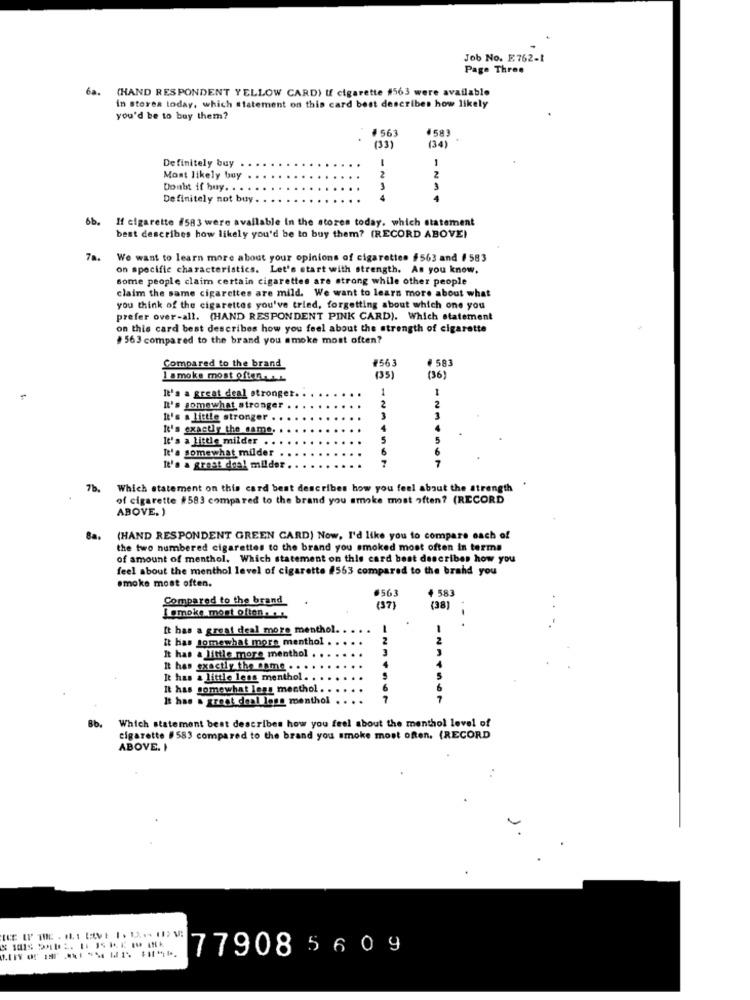
Job No. E762-1
Page Three
6a.
(HAND RESPONDENT YELLOW CARD) If cigarette #563 were available
in stores today, which statement on this card best describes how likely
you'd be to buy them?
#563
1583
(33)
(34)
1
Definitely buy.
Most likely buy
2
-N
Doubt if huy. . .
Definitely not buy.
6b.
If cigarette #583 were available in the stores today. which statement
best describes how likely you'd be to buy them? (RECORD ABOVE)
78.
We want to learn more about your opinions of cigarettes #563 and # 583
on specific characteristics. Let's start with strength. As you know,
some people claim certain cigarettes are strong while other people
claim the same cigarettes are mild. We want to learn more about what
you think of the cigarettes you've tried, forgetting about which one you
prefer over-all. (HAND RESPONDENT PINK CARD). Which statement
on this card best describes how you feel about the strength of cigarette
#563 compared to the brand you smoke most often?
#563
# 583
Compared to the brand
I smoke most often.it
(35)
(36)
1
It's a great deal stronger.
2
It's somewhat stronger
It's a little stronger .
3
It's exactly the same.
It's a little milder .
5
It's somewhat milder
34567
It's a great deal milder
7b.
Which statement on this card best describes how you feel about the strength
of cigarette #583 compared to the brand you smoke most often? (RECORD
ABOVE. )
Ba.
(HAND RESPONDENT GREEN CARD) Now, I'd like you to compare each of
the two numbered cigarettes to the brand you smoked most often in terms
of amount of menthol, Which statement on this card best describes how you
feel about the menthol level of cigarette #563 compared to the brand you
smoke most often.
#563
+ 583
Compared to the brand
(37)
(38)
Lømoke most often . ....
It has a great deal more menthol.
it has somewhat more menthol
2
It has a little more menthol .
It has exactly the onme . .
It has a little less menthol.
It has somewhat less menthol.
6
It has a great deal less menthol
7
4567
Which statement best describes how you feel about the menthol level of
Bb.
cigarette #583 compared to the brand you smoke most often. (RECORD
ABOVE. I
77908 560 9